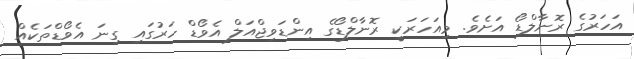
އަހަރުގެ ރޮނާލްޑޯ އަށެވެ. މިއަހަރަކީ ރޮނާލްޑޯގެ އިންޑަވިޖްއަލް އެވޯޑް ހަރުގައި ގިނަ އެވޯޑްތަކެއް